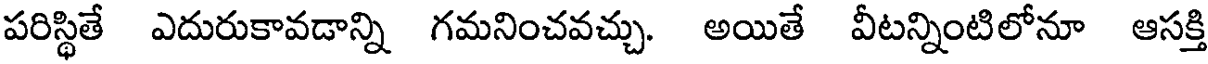
పరిస్థితే ఎదురుకావడాన్ని గమనించవచ్చు. అయితే వీటన్నింటిలోనూ ఆసక్తి